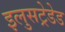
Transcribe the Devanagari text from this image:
इलुसट्रेडेड